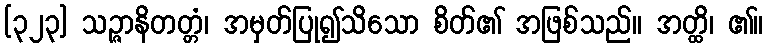
[၃၂၃] သဉ္ဇာနိတတ္တံ၊ အမှတ်ပြု၍သိသော စိတ်၏ အဖြစ်သည်။ အတ္ထိ၊ ၏။